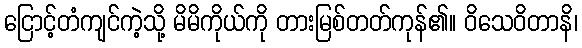
ငြောင့်တံကျင်ကဲ့သို့ မိမိကိုယ်ကို တားမြစ်တတ်ကုန်၏။ ဝိသေဝိတာနိ၊